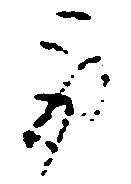
取